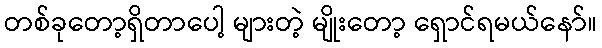
တစ်ခုတော့ရှိတာပေါ့ များတဲ့ မျိုးတော့ ရှောင်ရမယ်နော်။